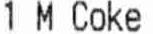
1 M COKE